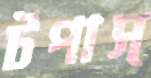
টপাস্‌